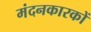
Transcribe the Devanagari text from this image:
मंदनकारकों